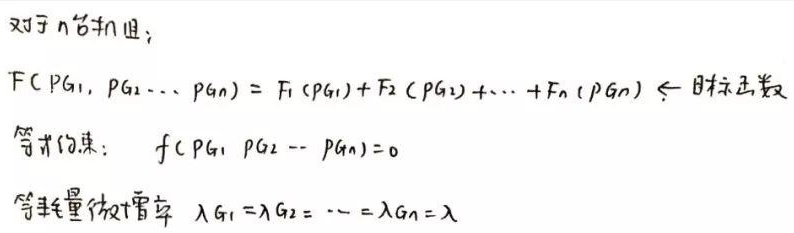
对于 \(n\) 台机组：
\[
F(P_{G1}, P_{G2}, \cdots, P_{Gn}) = F_1(P_{G1}) + F_2(P_{G2}) + \cdots + F_n(P_{Gn}) \leftarrow \text{目标函数}
\]
等式约束：
\[
f(P_{G1}, P_{G2}, \cdots, P_{Gn}) = 0
\]
等耗量微增率 \(\lambda_{G1} = \lambda_{G2} = \cdots = \lambda_{Gn} = \lambda\)